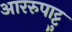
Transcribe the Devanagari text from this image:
आररुपाट्टु